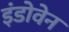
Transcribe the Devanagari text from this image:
इंडोवेन